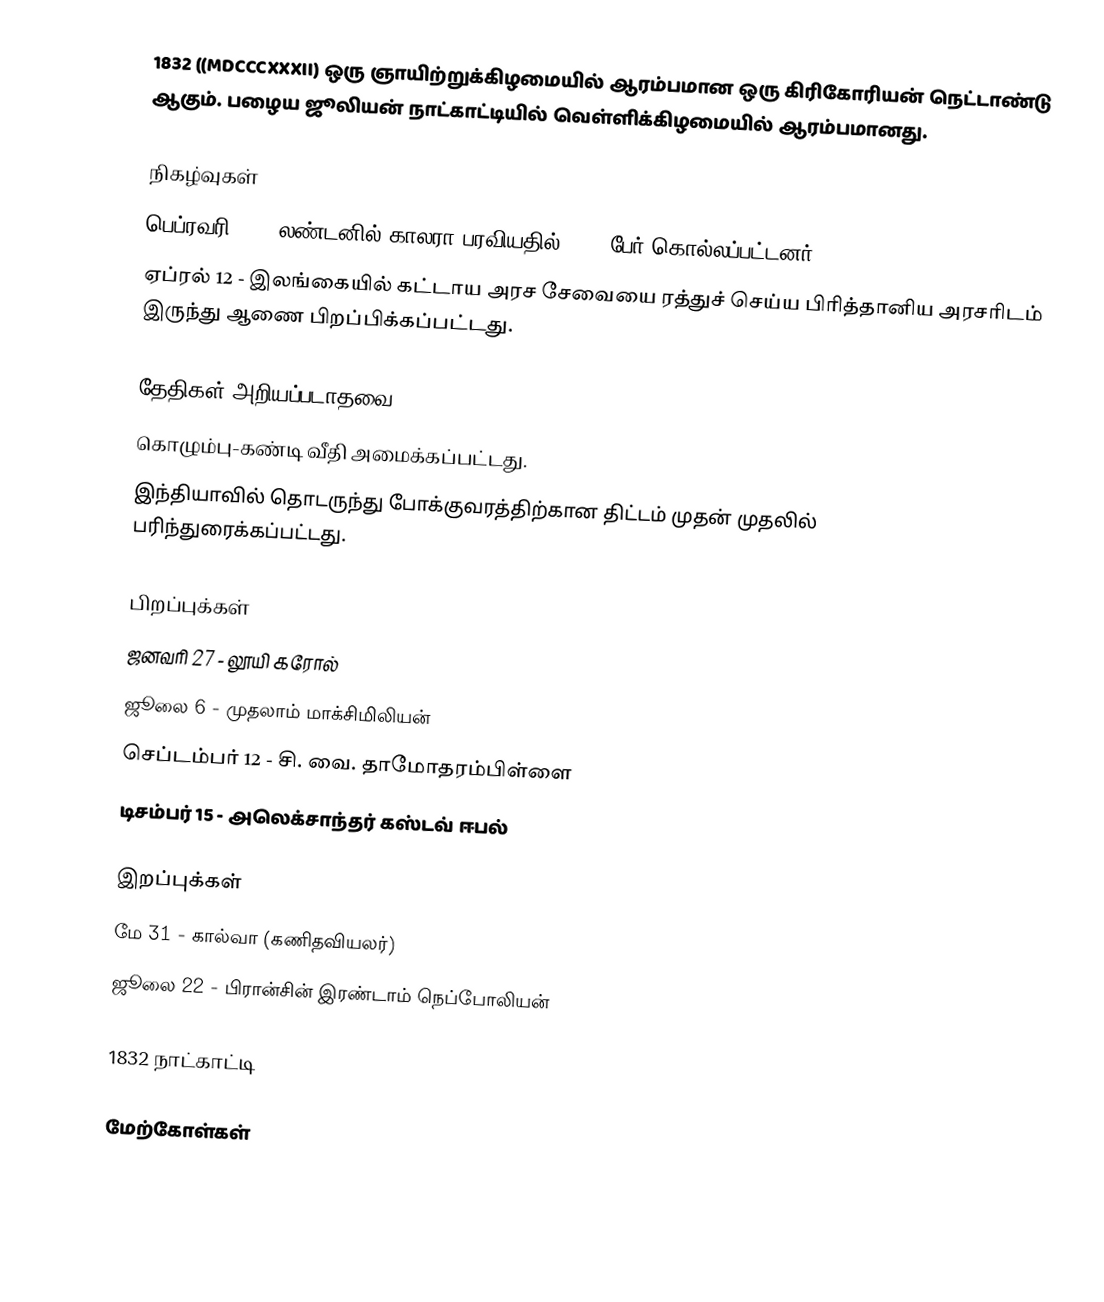
1832  ((MDCCCXXXII) ஒரு ஞாயிற்றுக்கிழமையில் ஆரம்பமான ஒரு கிரிகோரியன் நெட்டாண்டு ஆகும். பழைய ஜூலியன் நாட்காட்டியில் வெள்ளிக்கிழமையில் ஆரம்பமானது.

நிகழ்வுகள்
 பெப்ரவரி 12 – லண்டனில் காலரா பரவியதில் 3000 பேர் கொல்லப்பட்டனர்.
 ஏப்ரல் 12 - இலங்கையில் கட்டாய அரச சேவையை ரத்துச் செய்ய பிரித்தானிய அரசரிடம் இருந்து ஆணை பிறப்பிக்கப்பட்டது.

தேதிகள் அறியப்படாதவை
 கொழும்பு-கண்டி வீதி அமைக்கப்பட்டது.
 இந்தியாவில் தொடருந்து போக்குவரத்திற்கான திட்டம் முதன் முதலில் பரிந்துரைக்கப்பட்டது.

பிறப்புக்கள்
 ஜனவரி 27 - லூயி கரோல்
 ஜூலை 6 - முதலாம் மாக்சிமிலியன்
 செப்டம்பர் 12 - சி. வை. தாமோதரம்பிள்ளை
 டிசம்பர் 15 - அலெக்சாந்தர் கஸ்டவ் ஈபல்

இறப்புக்கள்
 மே 31 - கால்வா (கணிதவியலர்)
 ஜூலை 22 - பிரான்சின் இரண்டாம் நெப்போலியன்

1832 நாட்காட்டி

மேற்கோள்கள்